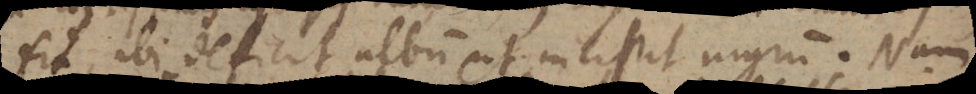
fit, ibi deficit album ut incipit nigrum. Nam